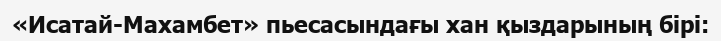
«Исатай-Махамбет» пьесасындағы хан қыздарының бірі: